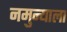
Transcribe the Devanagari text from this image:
नमुन्याला